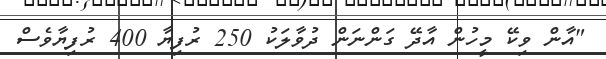
"އާން ވިކޭ މީހުން އާދޭ ގަންނަން ދުވާލަކު 250 ރުފިޔާ 400 ރުފިޔާވެސް